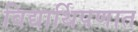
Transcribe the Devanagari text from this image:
विद्यार्थिपणात